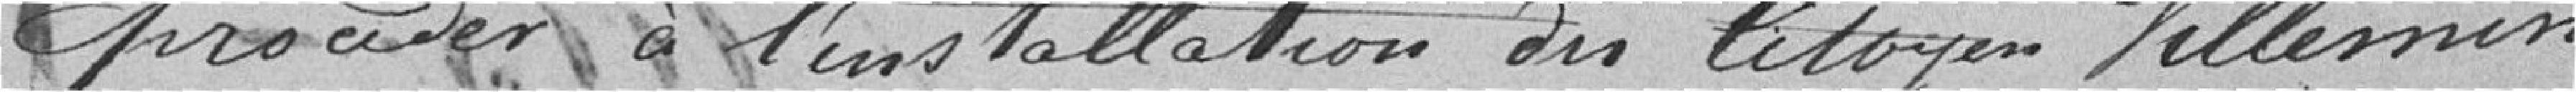
procéder à l'installation du Citoyen Villemin